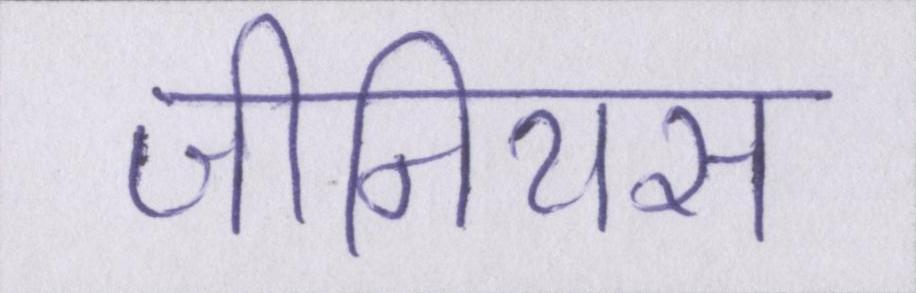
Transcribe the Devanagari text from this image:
जीनियस